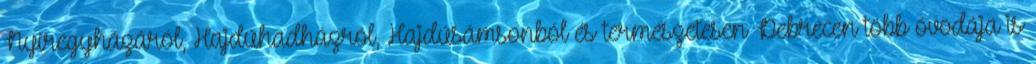
Nyíregyházáról, Hajdúhadházról, Hajdúsámsonból és természetesen Debrecen több óvodája is